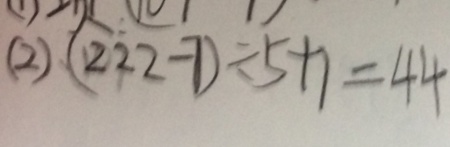
( 2 ) ( 2 2 2 - 7 ) \div 5 + 1 = 4 4